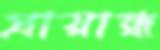
প্রায়ান্ধ